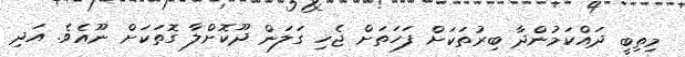
މިތިބީ ދައްކަމުންދާ ބިރުތަކަށް ފަހަތަށް ޖެހި ގަލަން ދޫކޮށްލާ ގޮތަކަށް ނޫއެވެ. އަދި